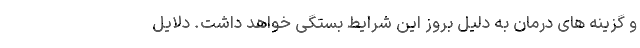
و گزینه های درمان به دلیل بروز این شرایط بستگی خواهد داشت. دلایل